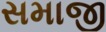
સમાજી